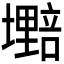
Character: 𫮷